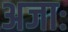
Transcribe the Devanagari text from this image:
अजाः